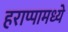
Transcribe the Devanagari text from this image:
हराप्पामध्ये